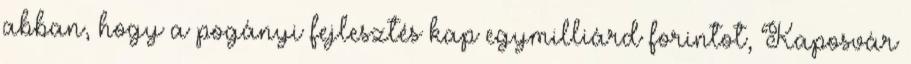
abban, hogy a pogányi fejlesztés kap egymilliárd forintot, Kaposvár